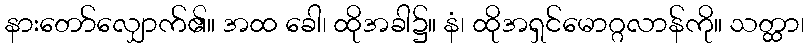
နားတော်လျှောက်၏။ အထ ခေါ၊ ထိုအခါ၌။ နံ၊ ထိုအရှင်မောဂ္ဂလာန်ကို။ သတ္ထာ၊